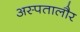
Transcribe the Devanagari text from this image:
अस्पतालौर